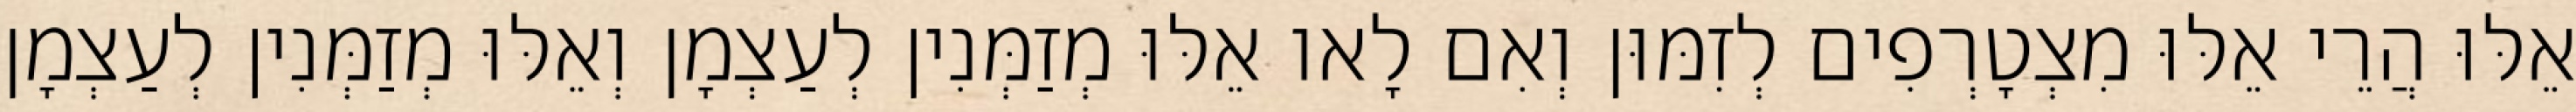
אֵלּוּ הֲרֵי אֵלּוּ מִצְטָרְפִים לְזִמּוּן וְאִם לָאו אֵלּוּ מְזַמְּנִין לְעַצְמָן וְאֵלּוּ מְזַמְּנִין לְעַצְמָן